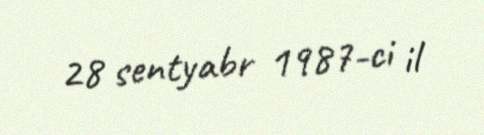
28 sentyabr 1987-ci il